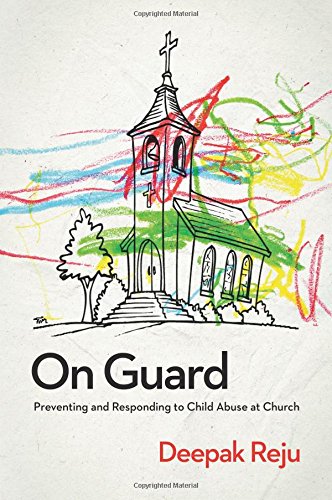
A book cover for On Guard: Preventing and Responding to Child Abuse at Church; Deepak Reju; Christian Books & Bibles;